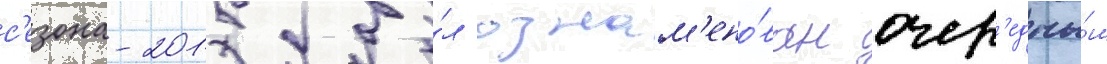
с'езона-2015 бы́л ознам'ено́ван очер'едны́м